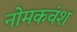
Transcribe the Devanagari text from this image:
नोमकवंश